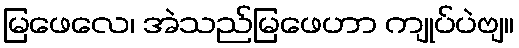
မြဖေလေ၊ အဲသည်မြဖေဟာ ကျုပ်ပဲဗျ။